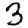
Digit: 3